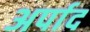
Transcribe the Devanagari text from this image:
अर्पाद